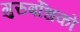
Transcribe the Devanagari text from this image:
गुरुर्बोधको